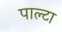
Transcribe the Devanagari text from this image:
पाल्टा